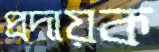
প্রদায়ক